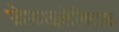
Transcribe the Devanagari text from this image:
प्रोफाइलेक्टिक